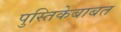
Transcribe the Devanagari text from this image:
पुस्तिकेबाबत